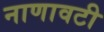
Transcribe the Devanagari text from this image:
नाणावटी